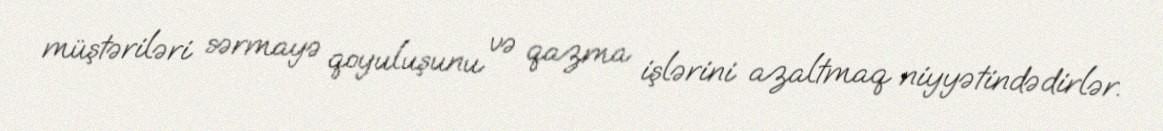
müştəriləri sərmayə qoyuluşunu və qazma işlərini azaltmaq niyyətindədirlər.